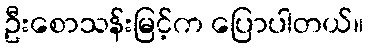
ဦးစောသန်းမြင့်က ပြောပါတယ်။